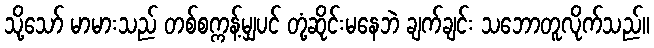
သို့သော် မာမားသည် တစ်စက္ကန့်မျှပင် တုံ့ဆိုင်းမနေဘဲ ချက်ချင်း သဘောတူလိုက်သည်။